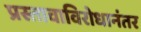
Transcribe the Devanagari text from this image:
प्रस्तावाविरोधानंतर